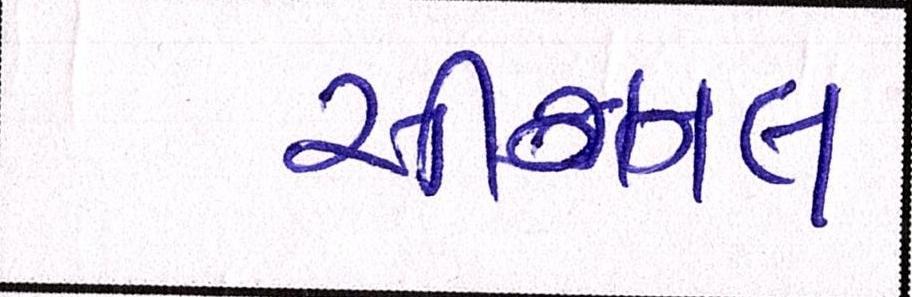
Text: સીગ્નલ